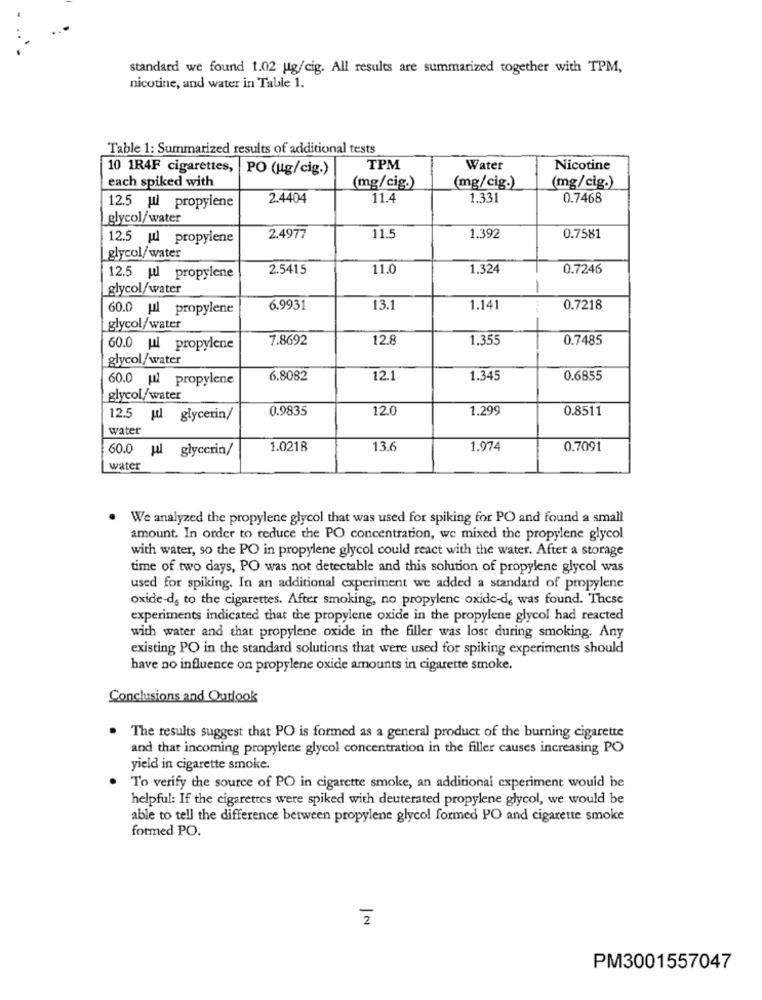
standard we found 1.02 ug/cig. All results are summarized together with TPM,
nicotine, and water in Table 1.
Table 1: Summarized results of additional tests
10 1R4F cigarettes, PO (ug/cig.)
TPM
Water
Nicotine
each spiked with
(mg/cig.)
(mg/cig.)
(mg/cig.)
2.4404
11.4
1.331
0.7468
12.5 ul propylene
glycol/water
12.5 ul propylene
2.4977
11.5
1.392
0.7581
glycol/water
2.5415
11.0
1.324
0.7246
12.5 ul propylene
glycol/water
60.0 ul propylene
6.9931
13.1
1.141
0.7218
glycol/water
7.8692
12.8
1.355
0.7485
60.0 ul propylene
glycol/water
60.0 pl propylene
6.8082
12.1
1.345
0.6855
glycol/water
0.9835
12.0
1.299
0.8511
12.5 jul glycerin/
water
60.0 pul glycerin/
1.0218
13.6
1.974
0.7091
water
We analyzed the propylene glycol that was used for spiking for PO and found a small
amount. In order to reduce the PO concentration, we mixed the propylene glycol
with water, so the PO in propylene glycol could react with the water. After a storage
time of two days, PO was not detectable and this solution of propylene glycol was
used for spiking. In an additional experiment we added a standard of propylene
oxide-ds to the cigarettes. After smoking, no propylene oxide-de was found. These
experiments indicated that the propylene oxide in the propylene glycol had reacted
with water and that propylene oxide in the filler was lost during smoking. Any
existing PO in the standard solutions that were used for spiking experiments should
have no influence on propylene oxide amounts in cigarette smoke.
Conclusions and Outlook
The results suggest that PO is formed as a general product of the burning cigarette
and that incoming propylene glycol concentration in the filler causes increasing PO
yield in cigarette smoke.
To verify the source of PO in cigarette smoke, an additional experiment would be
helpful: If the cigarettes were spiked with deuterated propylene glycol, we would be
able to tell the difference between propylene glycol formed PO and cigarette smoke
formed PO.
2
PM3001557047